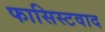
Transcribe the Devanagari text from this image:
फासिस्टवाद